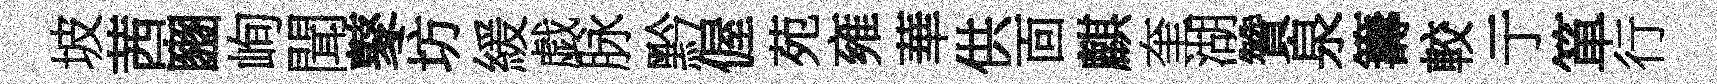
坡茜豳峋聞鼕坊緩戯脉黔偓苑雍華供靣麒奎湖贊泉籌較亍箪行